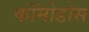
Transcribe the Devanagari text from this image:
कॉमोडोस